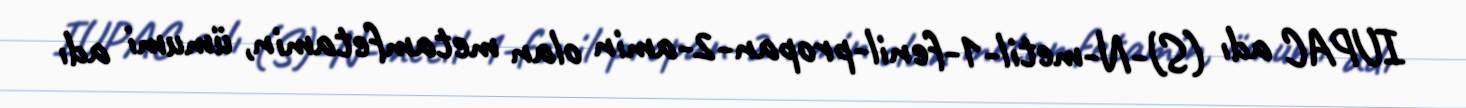
IUPAC adı (S)-N-metil-1-fenil-propan-2-amin olan metamfetamin, ümumi adı